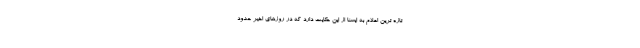
تازه ترین اعلام به ایسنا از این حکایت دارد که در روزهای اخیر حدود